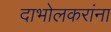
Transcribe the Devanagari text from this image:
दाभोलकरांना